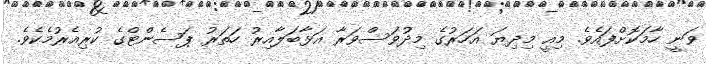
ވަނީ ހާމަކޮށްފައެވެ. މިއީ މިދިޔަ އަހަރުގެ މިދުވަސްވަރާ އަޅާބަލާއިރު ހަތަރު ޕަސެންޓްގެ ކުރިއެރުމެކެވެ.